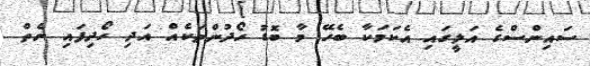
ސައިންސްގެ އަލީގައި އެކަމަކާ ބެހޭ މާ ބޮޑު ހޯދުންތަކެއް އަދި ހޯދިފައި ނެތް